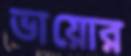
ভায়োর